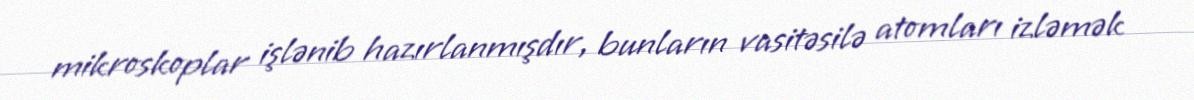
mikroskoplar işlənib hazırlanmışdır, bunların vasitəsilə atomları izləmək